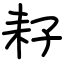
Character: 耔